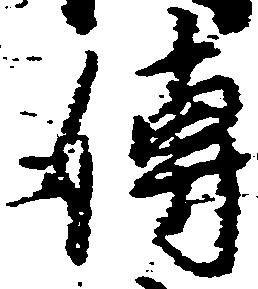
伝